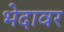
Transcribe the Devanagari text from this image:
भेदावर